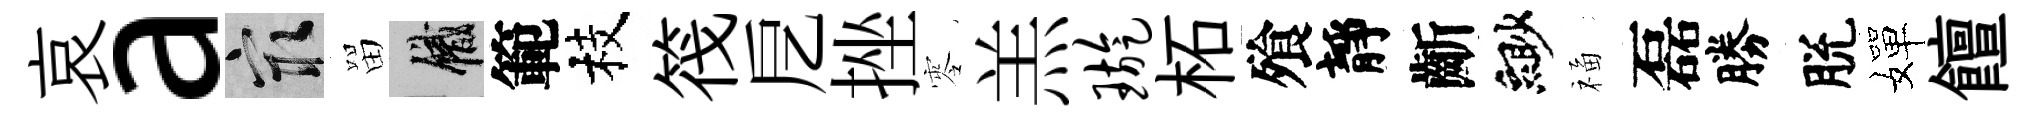
哀a冣㽞識範枝筏戹挫零羔璇柘飱靜齗緲福磊勝脫嬋饘